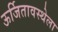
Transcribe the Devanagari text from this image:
ऊर्जितावस्थेला